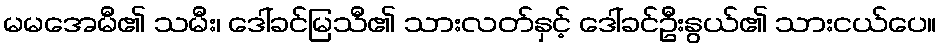
မမအေမီ၏ သမီး၊ ဒေါ်ခင်မြသီ၏ သားလတ်နှင့် ဒေါ်ခင်ဦးနွယ်၏ သားငယ်ပေ။